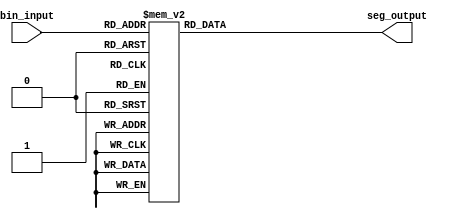
module SevenSegment_Display(
  input [3:0] bin_input,  // 4 bit binary input
  output reg [6:0] seg_output // 7 segment output
);

always @(*) begin
  case(bin_input)
    4'b0000: seg_output = 7'b0111111; // 0
    4'b0001: seg_output = 7'b0000110; // 1
    4'b0010: seg_output = 7'b1011011; // 2
    4'b0011: seg_output = 7'b1001111; // 3
    4'b0100: seg_output = 7'b1100110; // 4
    4'b0101: seg_output = 7'b1101101; // 5
    4'b0110: seg_output = 7'b1111101; // 6
    4'b0111: seg_output = 7'b0000111; // 7
    4'b1000: seg_output = 7'b1111111; // 8
    4'b1001: seg_output = 7'b1101111; // 9
    default: seg_output = 7'b0000000; // all segments off
  endcase
end

endmodule